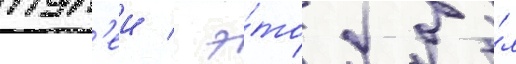
пул'еи / э́то бы́л